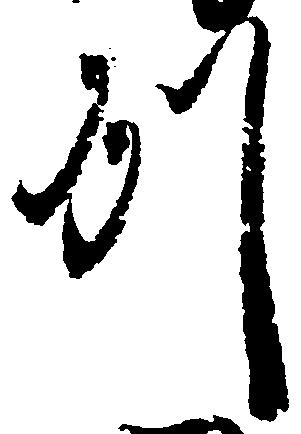
州